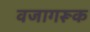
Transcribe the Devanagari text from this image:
वजागरूक